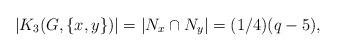
LaTeX: \begin{align*}|K_3(G,\{x,y\})|=|N_x\cap N_y|=(1/4) (q-5),\end{align*}